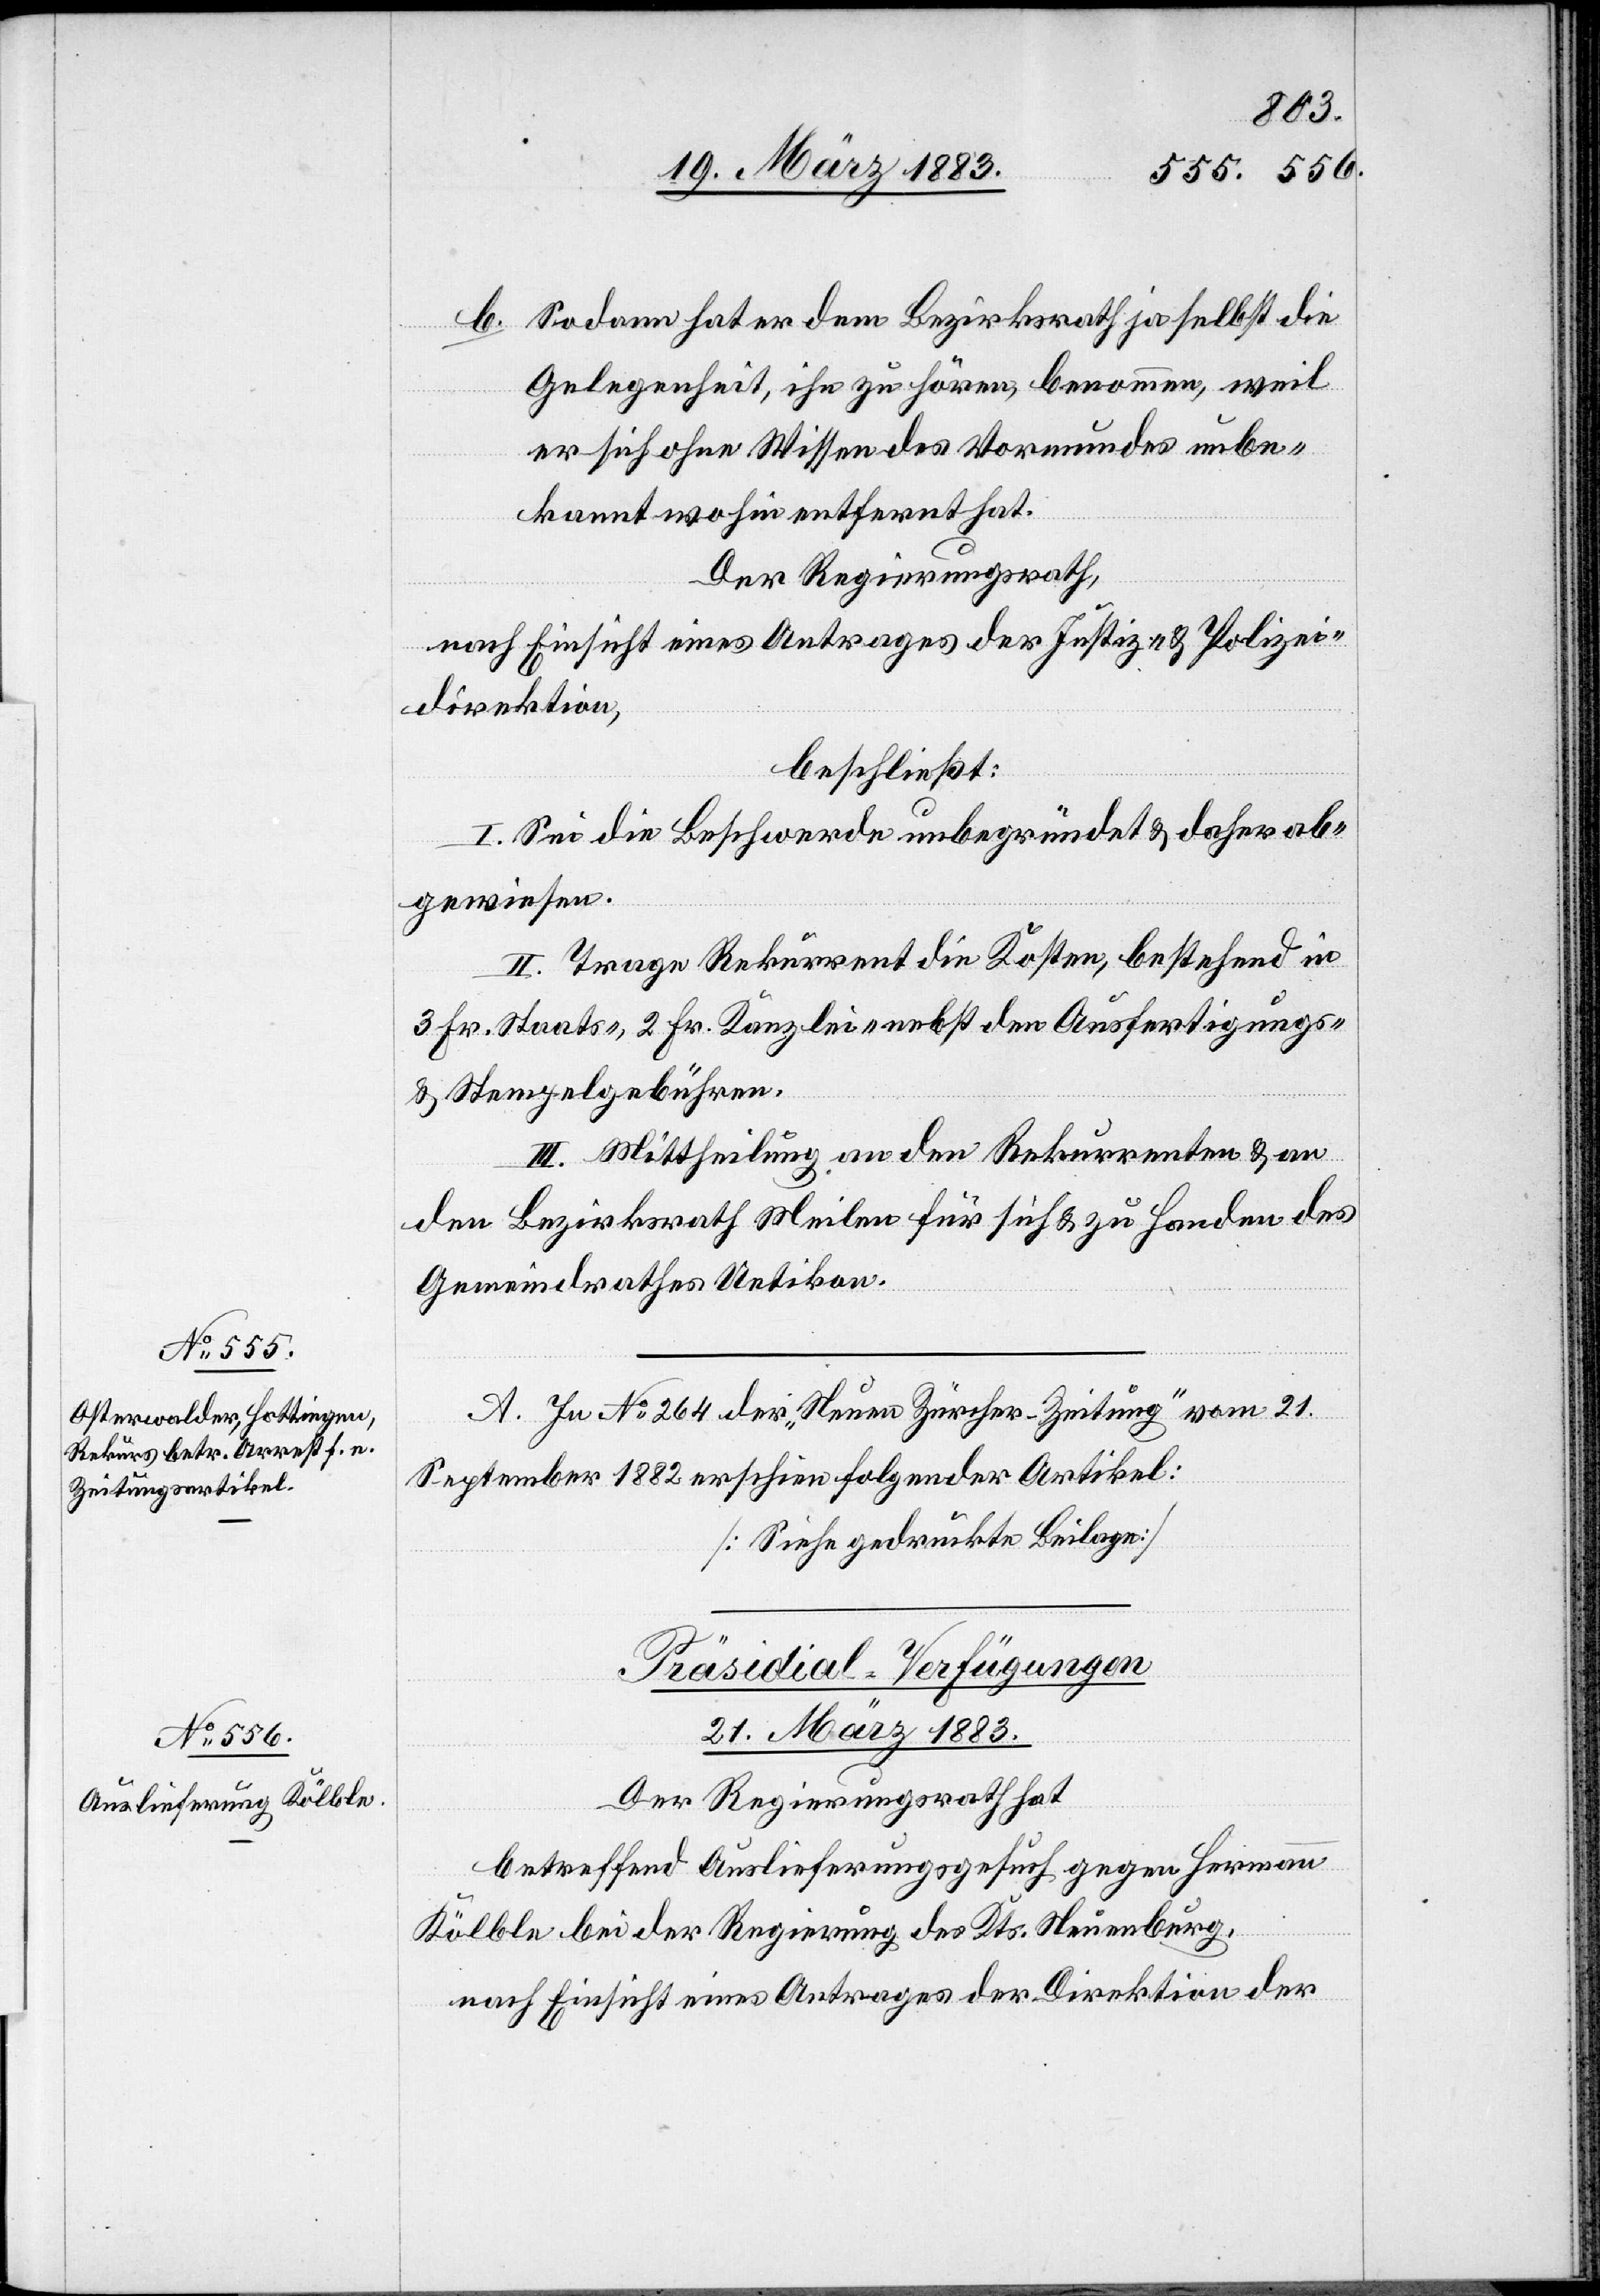
b. Sodann hat er dem Bezirksrath ja selbst die
Gelegenheit, ihn zu hören, benommen, weil
er sich ohne Wissen des Vormundes unbe¬
kannt wohin entfernt hat.
Der Regierungsrath,
nach Einsicht eines Antrages der Justiz- & Polizei¬
direktion,
beschließt:
I. Sei die Beschwerde unbegründet & daher ab¬
gewiesen.
II. Trage Rekurrent die Kosten, bestehend in
3 Fr. Staats-, 2 Fr. Kanzlei- nebst den Ausfertigungs-
& Stempelgebühren.
III. Mittheilung an den Rekurrenten & an
den Bezirksrath Meilen für sich & zu Handen des
Gemeindrathes Uetikon.
A. in No 264 der „Neuen Zürcher-Zeitung“ vom 21.
September 1882 erschien folgender Artikel:
[Siehe gedruckte Beilage]
Präsidial-Verfügungen
21. März 1883.
Der Regierungsrath hat
betreffend Auslieferungsgesuch gegen Hermann
Kölble bei der Regierung des Kts. Neuenburg,
nach Einsicht eines Antrages der Direktion der